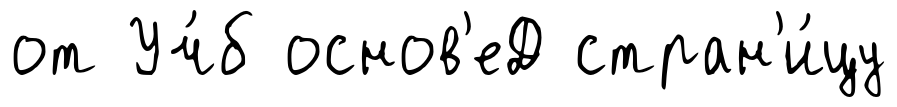
от Уч́б основ'еД стран'и́цу